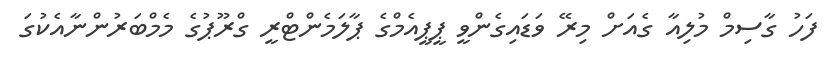
ފަހު ގާސިމް މުލިއާ ގެއަށް މިރޭ ވަޑައިގެންވީ ޕީޕީއެމްގެ ޕާލަމެންޓްރީ ގްރޫޕުގެ މެމްބަރުންނާއެކުގަ